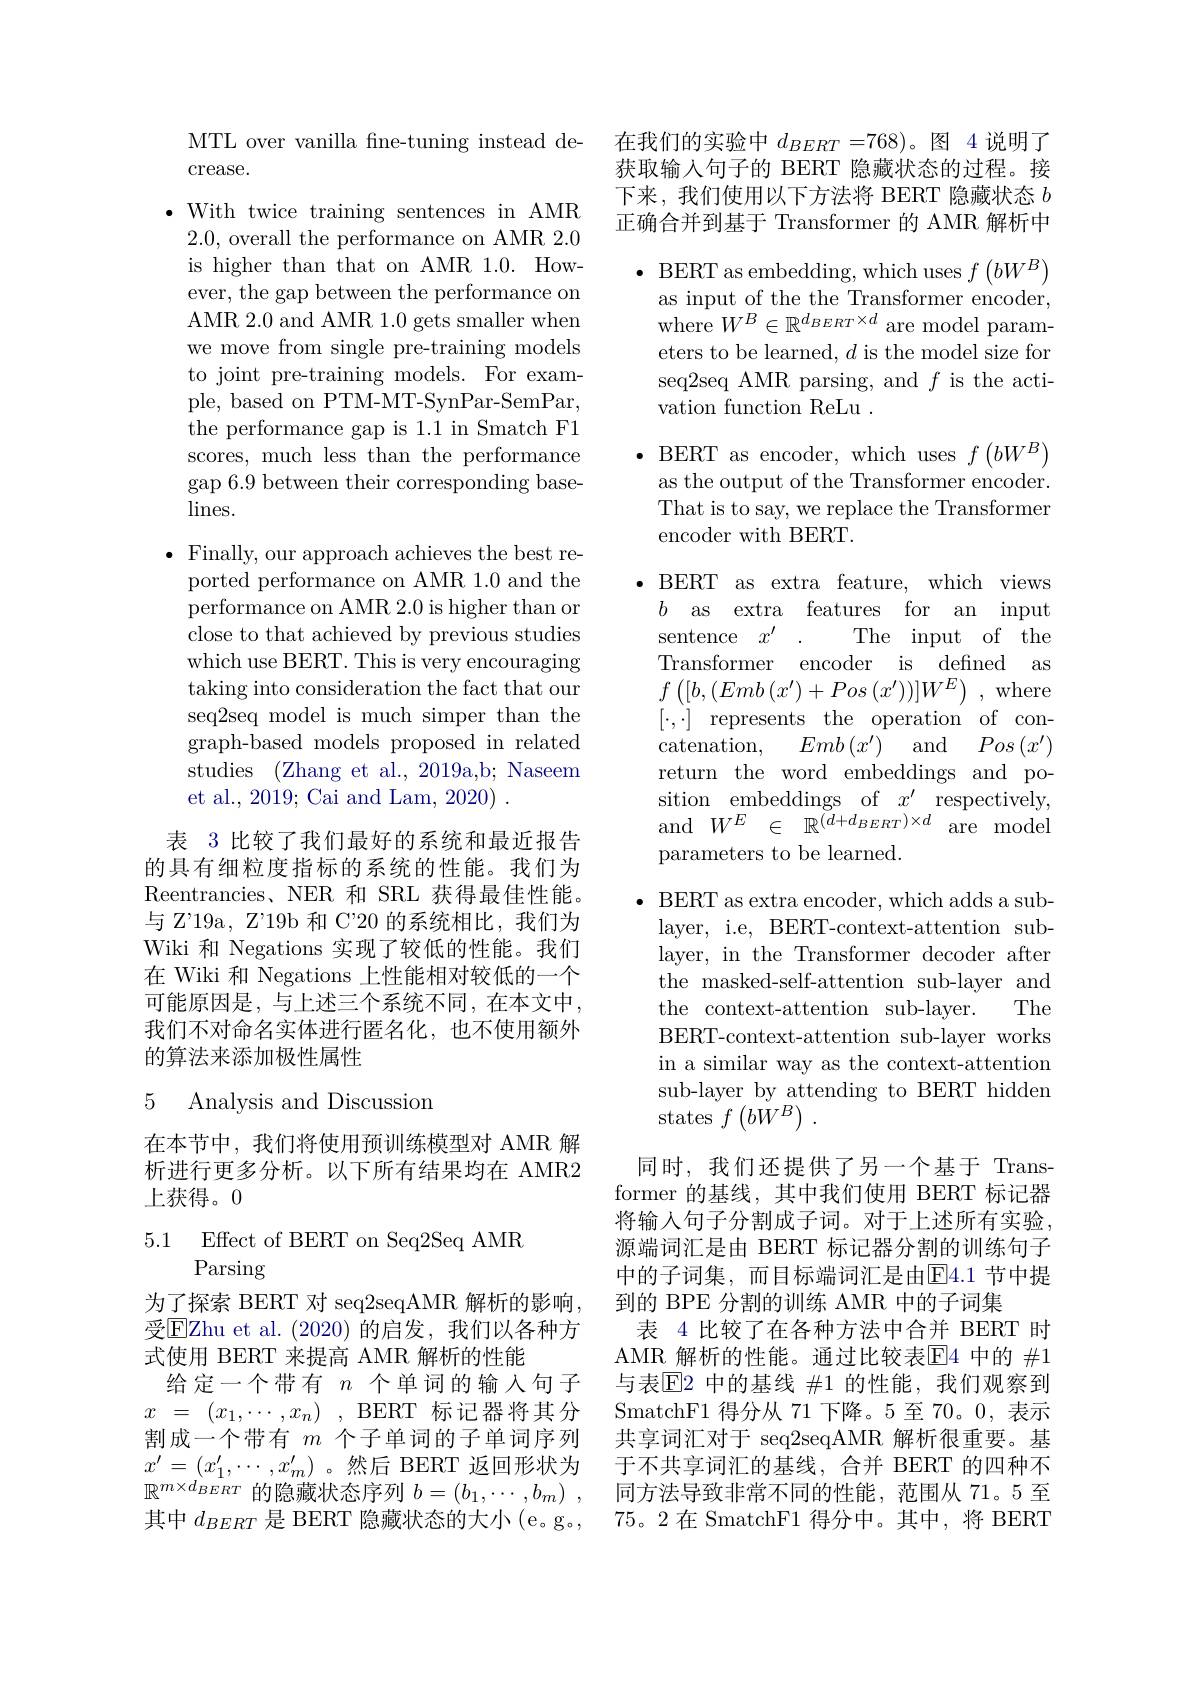
MTL over vanilla fne-tuning instead de-
crease.

$\bullet$ With twice training sentences in AMR 2.0,overall the performance on AMR 2.0 is higher than that on AMR 1.0. However, the gap between the performance on AMR 2.0 and AMR 1.0 gets smaller when we move from single pre-training models to joint pre-training models. For example, based on PTM-MT-SynPar-SemPar, the performance gap is 1.1 in Smatch F1 scores, much less than the performance gap 6.9 between their corresponding base- $\lim$s.

$\bullet$ Finally, our approach achieves the best reported performance on AMR 1.0 and the performance on AMR 2.0 is higher than or close to that achieved by previous studies which use BERT. This is very encouraging taking into consideration the fact that our seq2seq model is much simper than the graph-based models proposed in related studies (Zhang et al., 2019a,b; Naseem et al., 2019; Cai and Lam, 2020) .

表 3 比较了我们最好的系统和最近报告的具有细粒度指标的系统的性能。我们为Reentrancies、NER 和 SRL 获得最佳性能。与 Z'19a, Z'19b 和 C'20 的系统相比，我们为Wiki 和 Negations 实现了较低的性能。我们在 Wiki 和 Negations 上性能相对较低的一个可能原因是，与上述三个系统不同，在本文中， 我们不对命名实体进行匿名化，也不使用额外的算法来添加极性属性

### 5 Analysis and Discussiom

在本节中，我们将使用预训练模型对 AMR 解析进行更多分析。以下所有结果均在 AMR2上获得。0

5.1 Effect of BERT on Seq2Seq AMR
Parsing

为了探索 BERT 对 seq2seqAMR 解析的影响， 受EZhu et al. ( 2020) 的启发，我们以各种方式使用 BERT 来提高 AMR 解析的性能
给定一个带有$n$个单词的输入句子$x$ = $( x_1, \cdots , x_n)$ , BERT 标记器将其分割成一个带有$m$个子单词的子单词序列$x^{\prime}=(x_1^{\prime},\cdots,x_m^{\prime})$。然后 BERT 返回形状为$\mathbb{R}^{m\times d_{BERT}^{^{^{^{^{^{^{^{^{^{^{^{^{^{^{^{^{}}}}}}}}}}}}}}}}\text{的隐藏状态序列 }b=(b_{1},\cdots,b_{m})\:,}}$ 其中$d_{BERT}$是 BERT 隐藏状态的大小 (e。g。,

在我们的实验中$d_{BERT}=768)$。图 4 说明了获取输入句子的 BERT 隐藏状态的过程。接下来，我们使用以下方法将 BERT 隐藏状态$b$ 正确合并到基于 Transformer 的 AMR 解析中

$\bullet$ BERT as embedding, which uses $f\left(bW^{B}\right)$

as input of the the Transformer encoder,

where $W^B\in\mathbb{R}^{d_{BERT}\times d}$ are model param-

eters to be learned, $d$ is the model size for

seq2seq AMR parsing, and $f$ is the acti-

vation function ReLu .

$\bullet$ BERT as encoder, which uses $f\left(bW^{B}\right)$

as the output of the Transformer encoder.

That is to say, we replace the Transformer

encoder with BERT.

$\bullet$ BERT as extra feature, which views

$b$ as extra features for an input

sentence $x^\prime$ .

The input of the

Transformer encoder is defined as

$f\left ( [ b, ( Emb\left ( x^{\prime }\right ) + Pos\left ( x^{\prime }\right ) \right ) ] W^{E})$ ,where

$[ \cdot , \cdot ]$ represents the operation of con-

and

$\operatorname{catenation}$,

$Pos\left(x^{\prime}\right)$

$Emb\left(x^{\prime}\right)$

return the word embeddings and po-

sition embeddings of $x^\prime$ respectively,

and$W^E\in\mathbb{R}^{(d+d_{BERT})\times d}$are$\mod$

parameters to be learned.

$\bullet$ BERT as extra encoder, which adds a sublayer, i.e, BERT-context-attention sublayer, in the Transformer decoder after the masked-self-attention sub-layer and
The
the context-attention sub-layer.
BERT-context-attention sub-layer works in a similar way as the context-attention sub-layer by attending to BERT hidden states $f\left(b\ddot{W}^{B}\right).$

同时，我们还提供了另一个基于 Transformer 的基线，其中我们使用 BERT 标记器将输入句子分割成子词。对于上述所有实验， 源端词汇是由 BERT 标记器分割的训练句子中的子词集，而目标端词汇是由$\overline{\mathrm{E}}4.1$ 节中提到的 BPE 分割的训练 AMR 中的子词集
表 4 比较了在各种方法中合并 BERT 时AMR 解析的性能。通过比较表$\overline{\mathbb{E}}$4 中的 $\#1$ 与表$\overline{\mathrm{E}}$2 中的基线 $\#$1 的性能，我们观察到SmatchF1 得分从 71 下降。5 至 70。0, 表示共享词汇对于 seq2seqAMR 解析很重要。基于不共享词汇的基线，合并 BERT 的四种不同方法导致非常不同的性能，范围从 71。5 至75。2 在 SmatchF1 得分中。其中，将 BERT